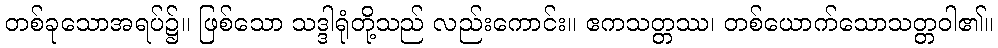
တစ်ခုသောအရပ်၌။ ဖြစ်သော သဒ္ဒါရုံတို့သည် လည်းကောင်း။ ဧကသတ္တဿ၊ တစ်ယောက်သောသတ္တဝါ၏။